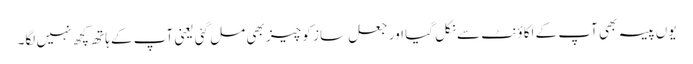
یوں پیسہ بھی آپ کے اکاؤنٹ سے نکل گیا اور جعل ساز کو چیز بھی مل گئی یعنی آپ کے ہاتھ کچھ نہیں لگا۔